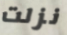
نزلت